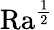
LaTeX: \mathrm{{Ra}}^{\frac 12}